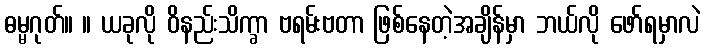
ဓမ္မဂုတ်။ ။ ယခုလို ဝိနည်းသိက္ခာ ဗရမ်းဗတာ ဖြစ်နေတဲ့အချိန်မှာ ဘယ်လို ဖော်ရမှာလဲ